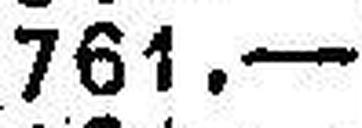
761.—